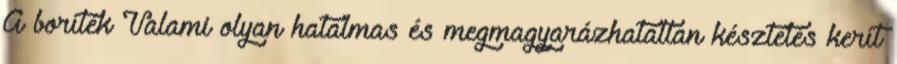
A boríték Valami olyan hatalmas és megmagyarázhatatlan késztetés kerít